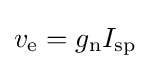
v_{\text{e}}=g_{\text{n}}I_{\text{sp}}